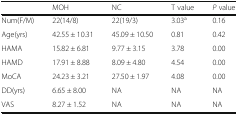
|  | MOH | NC | T value | P value |
 | --- | --- | --- | --- | --- |
 | Num(F/M) | 22(14/8) | 22(19/3) | 3.03a | 0.16 |
 | Age(yrs) | 42.55 ± 10.31 | 45.09 ± 10.50 | 0.81 | 0.42 |
 | HAMA | 15.82 ± 6.81 | 9.77 ± 3.15 | 3.78 | 0.00 |
 | HAMD | 17.91 ± 8.88 | 8.09 ± 4.80 | 4.54 | 0.00 |
 | MoCA | 24.23 ± 3.21 | 27.50 ± 1.97 | 4.08 | 0.00 |
 | DD(yrs) | 6.65 ± 8.00 | NA | NA | NA |
 | VAS | 8.27 ± 1.52 | NA | NA | NA |